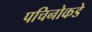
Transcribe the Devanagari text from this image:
पचिनोकडे